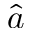
\hat { a }